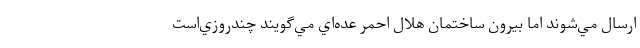
ارسال مي‌شوند اما بيرون ساختمان هلال احمر عده‌اي مي‌گويند چندروزي‌است